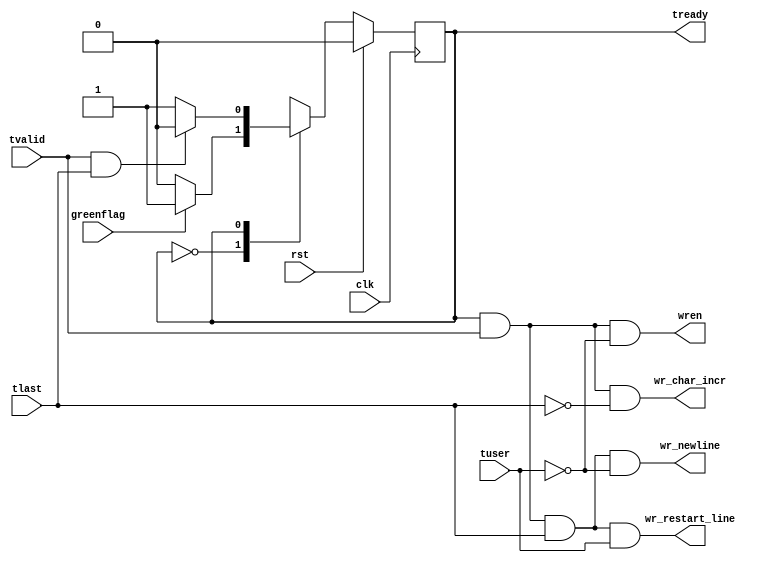
`timescale 1ns / 1ps
//////////////////////////////////////////////////////////////////////////////////
// Company:
// 
// Design Name: 
// Module Name: FSMs
// Project Name: L23buffer_v2 
// Target Devices: 
// Tool Versions: 
// Description: 
// 
// Dependencies: 
// 
// Revision:
// Revision 0.01 - File Created
// Additional Comments:
// 
//////////////////////////////////////////////////////////////////////////////////

module writebuf_fsm(
input clk,				/*Clock*/
input rst,				/*Reset*/
input greenflag,		/*From CountersBlock*/
input tvalid,			/*AXI-in*/   
input tlast,			/*AXI-in*/
input tuser,			/*AXI-in*/
output tready,			/*AXI-out*/
output wren,			/*To BRAM*/
output wr_newline,		/*To CountersBlock*/	
output wr_char_incr,	/*To CountersBlock*/
output wr_restart_line	/*To CountersBlock*/
);

//IDLE (WAIT FOR GREENFLAG) STATE
parameter IDLE = 1'b0;
//WRITE TO BUFFER STATE
parameter WRITE = 1'b1;

reg state;

// Control state machine implementation 
always@(posedge clk)
  begin
    if(rst)
      begin
        state <= IDLE;	/*Initial state is IDLE, wait for GREENFLAG*/
	  end
  else
    begin
     case(state)
       IDLE: if(greenflag) 
            begin 
              state <= WRITE; 
            end
           else
            begin
              state <= IDLE;
            end
       WRITE: if(tvalid && tlast) 
            begin 
              state <= IDLE; 
            end
		   else
            begin
              state <= WRITE;
            end
     endcase
    end
 end

 //"tready" generation
 assign tready = ((state == WRITE));
 //"wren" generation
 assign wren = ((state == WRITE) && (tvalid) && (!tuser));
 //"wr_char_incr" generation
 assign wr_char_incr = ((state == WRITE) && (tvalid) && (!tlast));
 //"wr_newline" generation
 assign wr_newline = ((state == WRITE) && (tvalid) && (tlast) && (!tuser));
 //"wr_restart_line" generation
 assign wr_restart_line = ((state == WRITE) && (tvalid) && (tlast) && (tuser));
 
endmodule



module readbuf_fsm(
input clk,				/*Clock*/
input rst,				/*Reset*/
input greenflag_input,	/*From CountersBlock*/
input hdr_lastflag,		/*From Hdr-counter*/
input lastflag,			/*From CountersBlock*/
input tready,			/*AXI-in*/
input run_mgmt,         /*External mgmt signal - RUN*/   
output reg tvalid,		/*AXI-out - delayed*/
output reg tlast,		/*AXI-out - delayed*/
output rd_newline,		/*To CountersBlock*/
output hdr_char_incr,	/*To Hdr-counter*/	
output rd_char_incr,	/*To CountersBlock*/
output reg mux_sel,		/*To Mux - delayed*/
output idle_mgmt        /*External mgmt signal - IDLE*/
);

//IDLE (WAIT FOR GREENFLAG) STATE
parameter IDLE = 2'b00;
//READ FROM HEADER MEMORY STATE
parameter READ_HDR = 2'b01;
//READ BODY FROM BUFFER STATE
parameter READ_BODY = 2'b10;


wire tvalid_nodelay;
wire tlast_nodelay;
wire mux_sel_nodelay;
wire greenflag;

reg [1:0] state;

//assign greenflag if green flag comes via greenflag_input and  active RUN management input 
assign greenflag = greenflag_input & run_mgmt;

// Control state machine implementation 
always@(posedge clk)
  begin
    if(rst)
      begin
        state <= IDLE;	/*Initial state is IDLE, wait for GREENFLAG*/
	  end
  else
    begin
     case(state)
       IDLE: if(greenflag) 
            begin 
              state <= READ_HDR; 
            end
           else
            begin
              state <= IDLE;
            end
       READ_HDR: if(tready && hdr_lastflag) 
            begin 
              state <= READ_BODY; 
            end
           else
            begin
              state <= READ_HDR;
            end
	   READ_BODY: if(tready && lastflag) 
            begin 
              state <= IDLE; 
            end
           else
            begin
              state <= READ_BODY;
            end
     endcase
    end
 end

 //"tvalid" generation
 assign tvalid_nodelay = ((state == READ_HDR) || (state == READ_BODY));
 //"tlast" generation
 assign tlast_nodelay = ((state == READ_BODY) && (tready) && (lastflag));
 //"mux_sel" generation
 assign mux_sel_nodelay = ((state == READ_BODY));
 //"hdr_char_incr" generation
 assign hdr_char_incr = ((state == READ_HDR) && (tready) && (!hdr_lastflag));
 //"rd_char_incr" generation
 assign rd_char_incr = ((state == READ_BODY) && (tready) && (!lastflag));
 //"rd_newline" generation
 assign rd_newline = ((state == READ_BODY) && (tready) && (lastflag));    
 //"idle_mgmt" generation
 assign idle_mgmt = ((state == IDLE));
          
    // Delay the tvalid, tlast and mux_sel signals by one clock cycle                              
	// to match the latency of TDATA from BRAMs                                                        
	always @(posedge clk)                                                                  
	begin                                                                                          
	  if (rst)                                                                         
	    begin                                                                                      
	      tvalid <= 1'b0;                                                               
	      tlast <= 1'b0;                                                                
		  mux_sel <= 1'b0;
	    end                                                                                        
	  else if (tready)                                                                                         
	    begin                                                                                      
	      tvalid <= tvalid_nodelay;               
	      tlast <= tlast_nodelay;
		  mux_sel <= mux_sel_nodelay; 
	    end
//NOTE: If (~tready & ~rst) then (tvalid), (tlast) and (mux_sel) remain unchanged.
	end         
 
endmodule